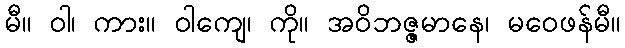
မီ။ ဝါ၊ ကား။ ဝါကျေ၊ ကို။ အဝိဘဇ္ဇမာနေ၊ မဝေဖန်မီ။